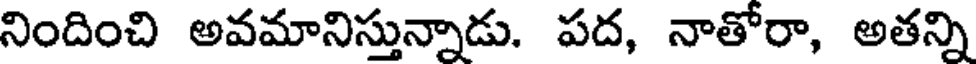
నిందించి అవమానిస్తున్నాడు. పద, నాతోరా, అతన్ని